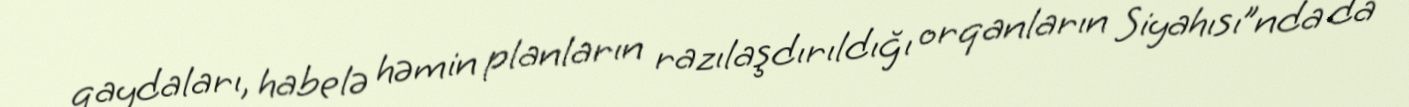
qaydaları, habelə həmin planların razılaşdırıldığı orqanların Siyahısı”nda da